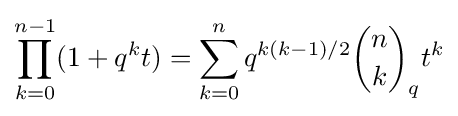
\prod _{k=0}^{n-1}(1+q^{k}t)=\sum _{k=0}^{n}q^{k(k-1)/2}{n \choose k}_{q}t^{k}